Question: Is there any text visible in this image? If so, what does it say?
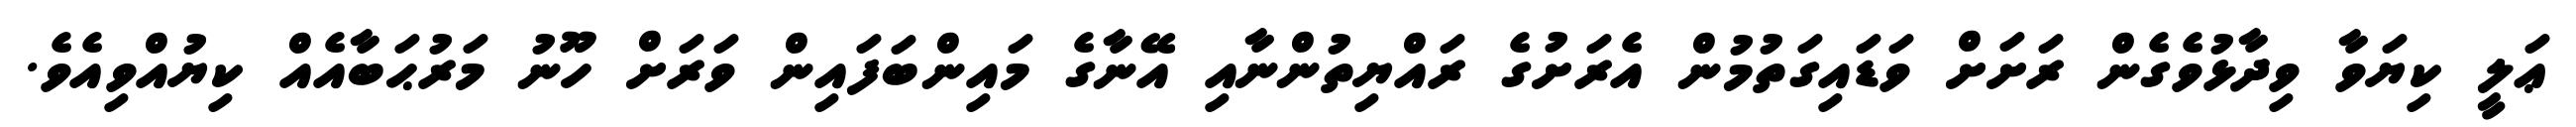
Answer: ޢަލީ ކިޔަވާ ވިދާޅުވެގެން ރަށަށް ވަޑައިގަތުމުން އެރަށުގެ ރައްޔިތުންނާއި އޭނާގެ މައިންބަފައިން ވަރަށް ހޫނު މަރުޙަބާއެއް ކިޔުއްވިއެވެ.